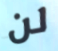
لن